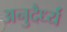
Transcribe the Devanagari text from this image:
अनुदैर्ध्यं